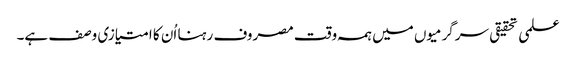
علمی تحقیقی سرگرمیوں میں ہمہ وقت مصروف رہنا اُن کا امتیازی وصف ہے۔